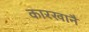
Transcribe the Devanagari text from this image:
कारखानै